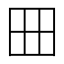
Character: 𡆪